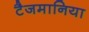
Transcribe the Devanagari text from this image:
टैजमानिया